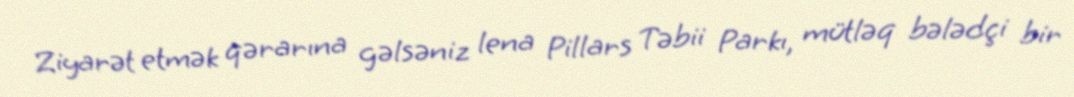
Ziyarət etmək qərarına gəlsəniz lena Pillars Təbii Parkı, mütləq bələdçi bir